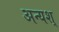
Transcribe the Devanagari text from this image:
अन्यश्